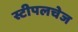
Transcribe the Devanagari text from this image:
स्टीपलचेज